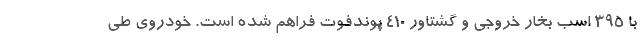
با 395 اسب بخار خروجی و گشتاور 410 پوندفوت فراهم شده است. خودروی طی